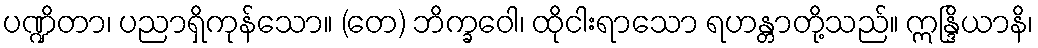
ပဏ္ဍိတာ၊ ပညာရှိကုန်သော။ (တေ) ဘိက္ခဝေါ၊ ထိုငါးရာသော ရဟန္တာတို့သည်။ ဣန္ဒြိယာနိ၊